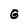
Character: G